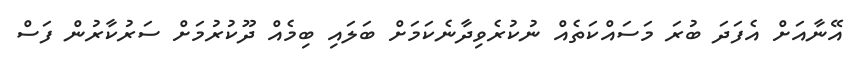
އޭނާއަށް އެފަދަ ބުރަ މަސައްކަތެއް ނުކުރެވިދާނެކަމަށް ބަލައި ބިމެއް ދޫކުރުމަށް ސަރުކާރުން ފަސް